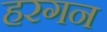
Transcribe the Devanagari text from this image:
हरगन